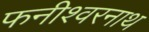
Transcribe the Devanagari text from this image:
फनीश्वरनाथ